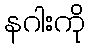
နဂါးကို